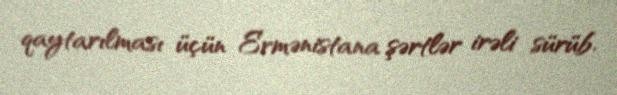
qaytarılması üçün Ermənistana şərtlər irəli sürüb.